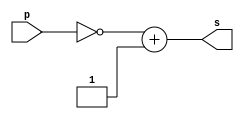
// ------------------------- 
// Extra02 - BASE 
// Nome: Gabriel Luiz Marquezini Gonalves Vieira 
// ------------------------- 
// ------------------------- 
// test number system 
// -------------------------
module complemento2 (output [7:0] s, input [7:0] p);
assign s=~p+1'b1;
endmodule 
module testcomplento2; 
// ------------------------- definir dados 
reg [7:0] a;  
wire [7:0] s;
complemento2  Comp2(s,a);
// ------------------------- parte principal 
initial begin:start 
$display("Extra02 - Gabriel Luiz Marquezini Gonalves Vieira - 441691"); 
$display("Test number system"); 
a = 8'b00000000; //gera overflow
$display("\nResults"); 
$monitor("C2 de %b = %b", a, s); 
#1a = 25;
#1a = 8'b110110;
#1a = 8'o25;
#1a = 8'h4C;
end 
endmodule // test_base 
//